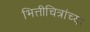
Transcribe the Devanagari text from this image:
भित्तीचित्रांच्या